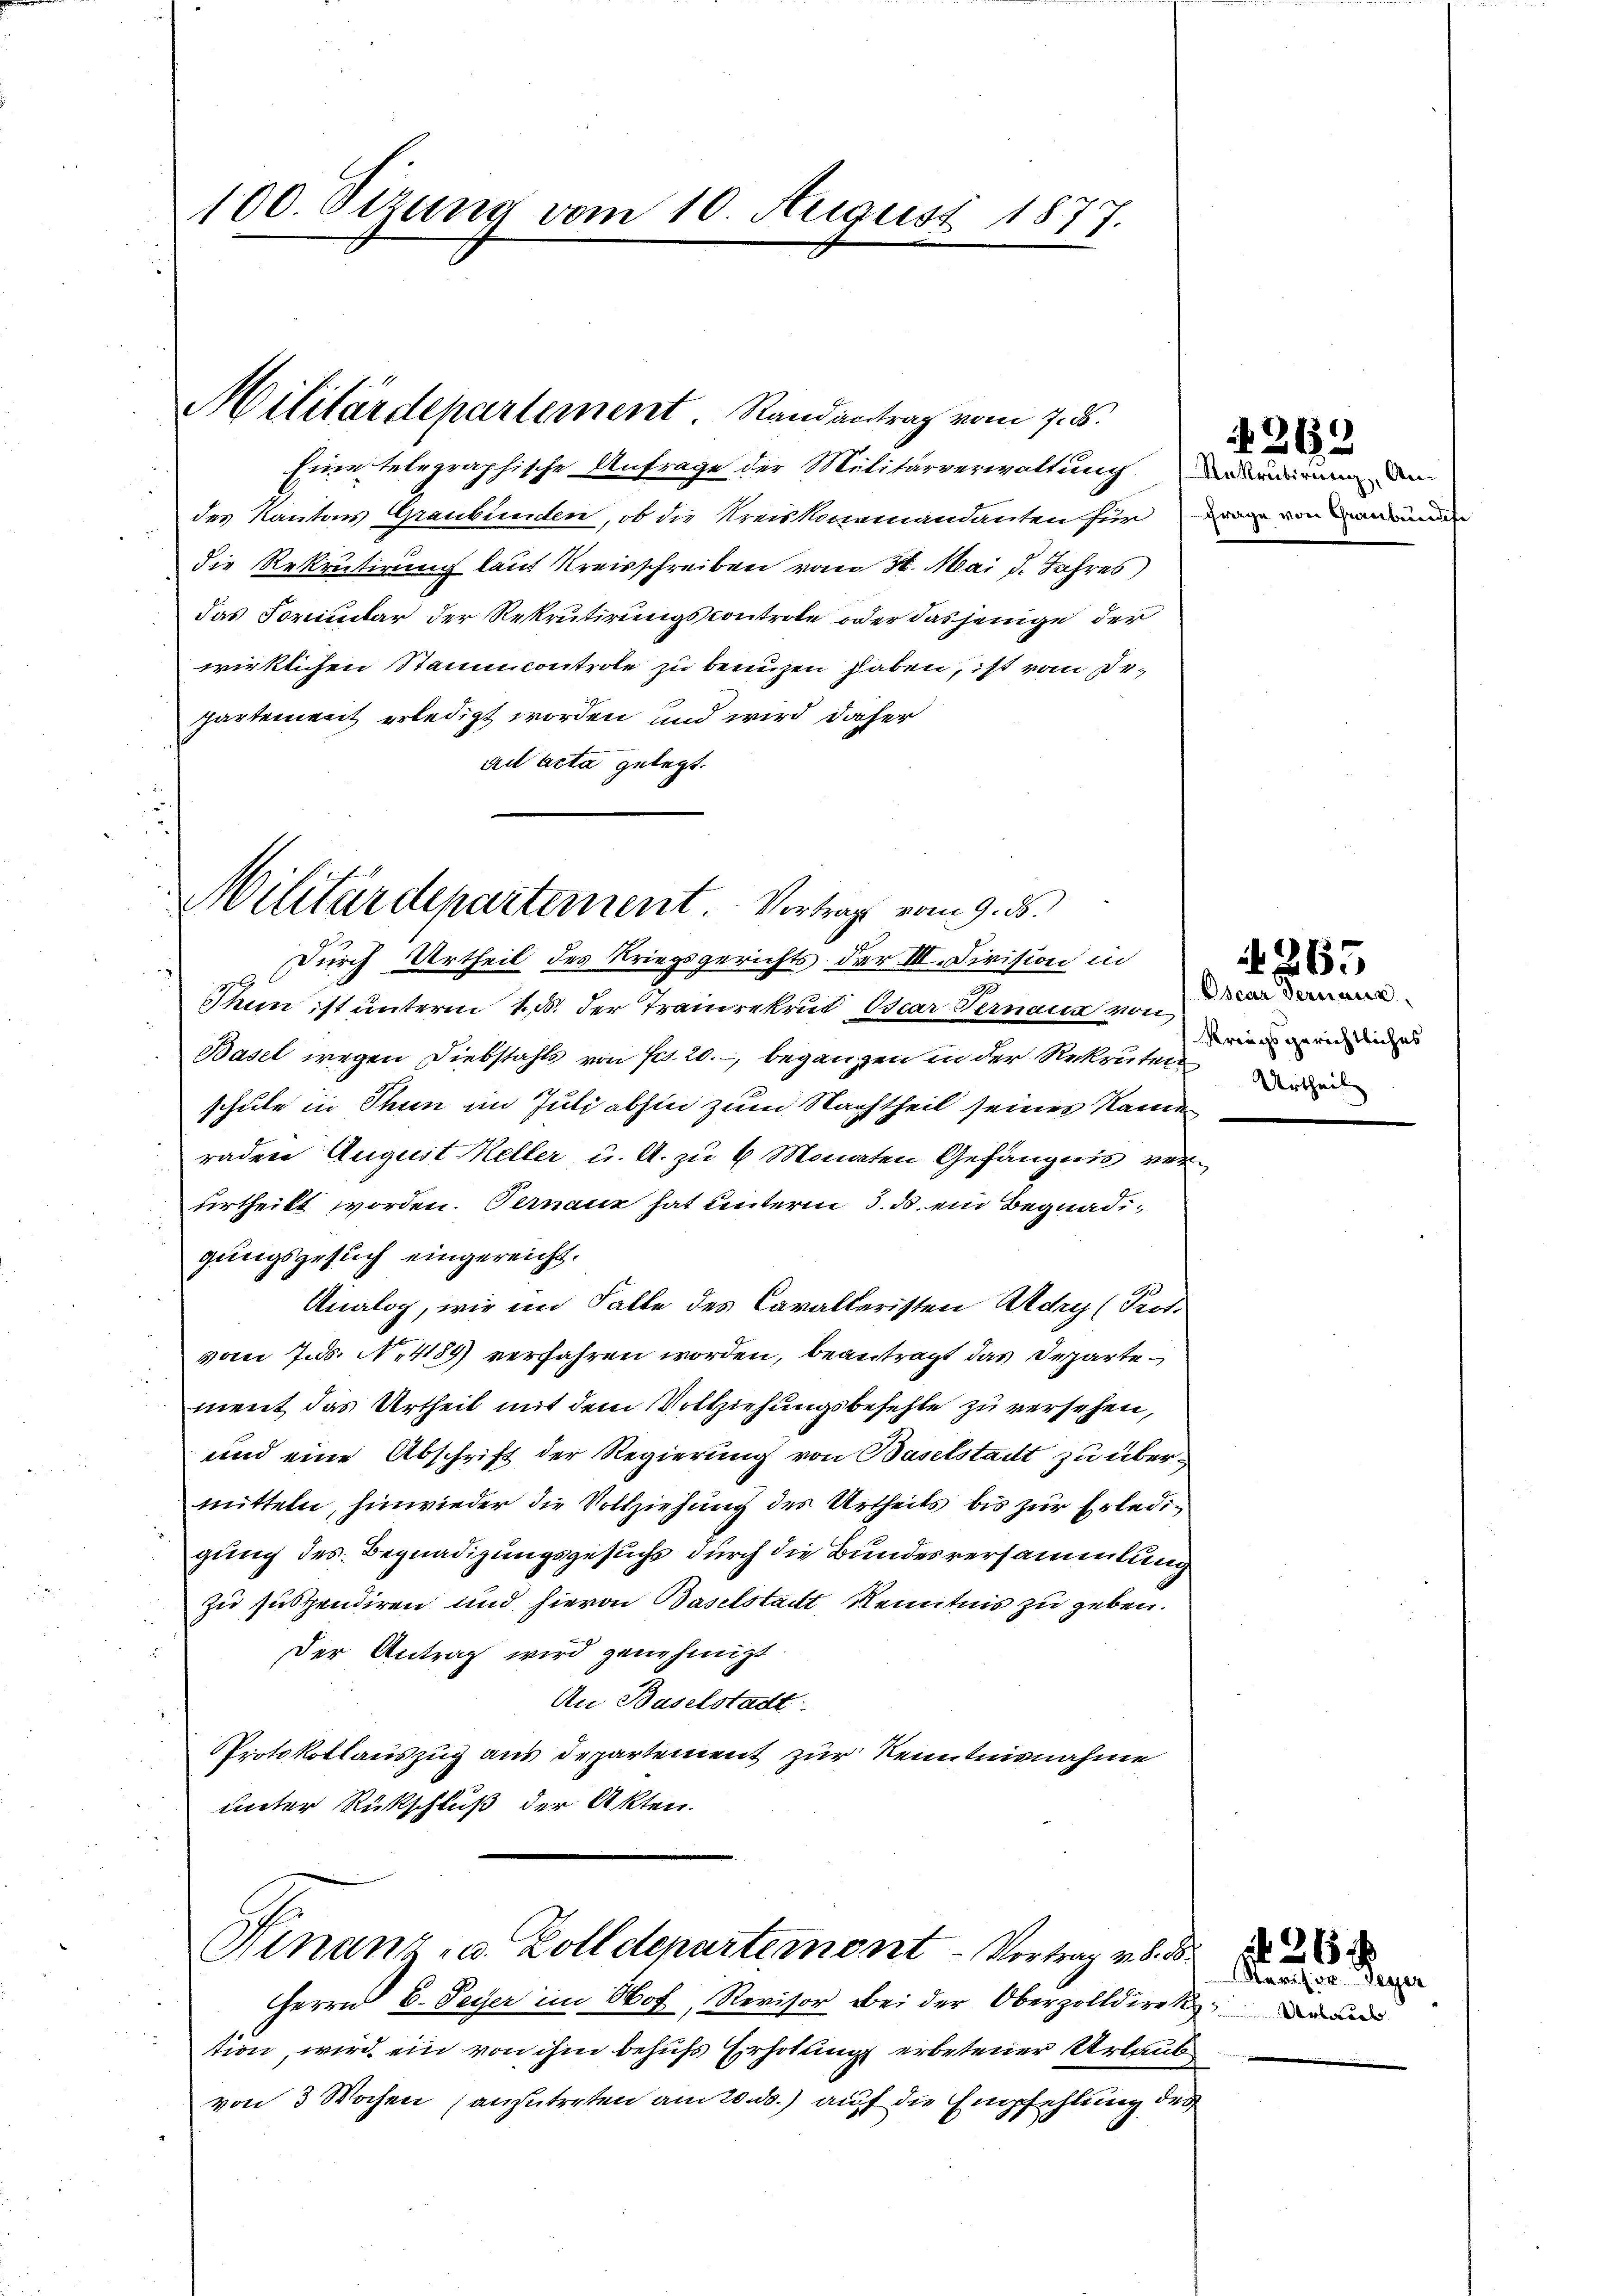
Eine telegraphische Anfrage der Militärverwaltung
des Kantons Graubünden, ob die Kreiskommandanten für
d
die Rekrutirung laut Kreisschreiben vom 31. Mai d. Jahres
das Formular der Rekrutirungskontrole oder dasjenige der
wirklichen Stammcontrole zu benuzen haben, ist vom Irpartement erledigt worden und wird daher
ad acta gelegt.

100. Sizung vom 10. August 1877.

Militärdepartement. Randantrag vom 7. d.

Militärdepartement. Vortrag vom 9. d.

Durch Urtheil des Kriegsgerichts der III. Civision in
x
Thun ist unterm 1. d. der Traudrekrut Oscar Pernaun von
Basel wegen Diebstahls von Fr. 20., begangen in der Rekruten
schule in Thun im Juli abhin zum Nachtheil seines Name
raden August Keller u. A. zu 6 Monaten Gefängnis verurtheilt worden. Ferneur hat unterm 3. ds. ein Begnadigungsgesuch eingereicht.
Analog, wie im Falle des Cavalleristen Adry (Prot
vom 7. ds. N. 4184) verfahren worden, beantragt das Departement das Urtheil mit dem Vollziehungsbefehle zu versehen,
und eine Abschrift der Regierung von Baselstadt zu übermitteln, hinwieder die Vollziehung des Urtheils bis zur Erledigung des Begnadigungsgesuchs durch die Bundesversammlung
zu suspendiren und hievon Baselstadt, Kenntnis zu geben.
Der Antrag wird genehmigt.
An Baselstadt
Protokollauszug aus Departement zur Kenntnisnahme
unter Rückschluß der Akten.

Finanz- u. Zolldepartemont - Vortrag v. 8. d

Rekrutirung, An¬
Frage von Graubündch

Herrn C. Peyer im Obof, Revisor bei der Oberzolldirek, der und
tion, wird ein von ihm behufs Erholung erbetener Urlaub
von 3 Wochen (anzutreten am 20. ds.) auf die Empfehlung des

4263

Kriegsgerichtliches
Urtheil

Revisor Leger

265